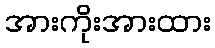
အားကိုးအားထား